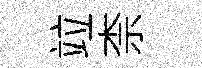
竝柰